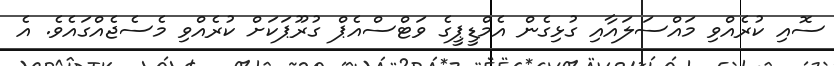
ސޮއި ކުރެއްވި މައްސަލައާއި ގުޅިގެން އެމްޑީޕީގެ ވަޓްސްއެޕް ގުރޫޕަކަށް ކުރެއްވި މެސެޖެއްގައެވެ. އެ